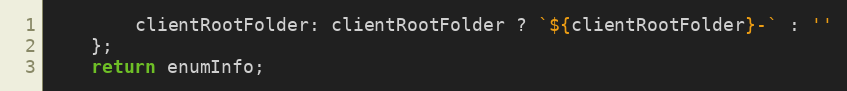
Language: JavaScript
        clientRootFolder: clientRootFolder ? `${clientRootFolder}-` : ''
    };
    return enumInfo;